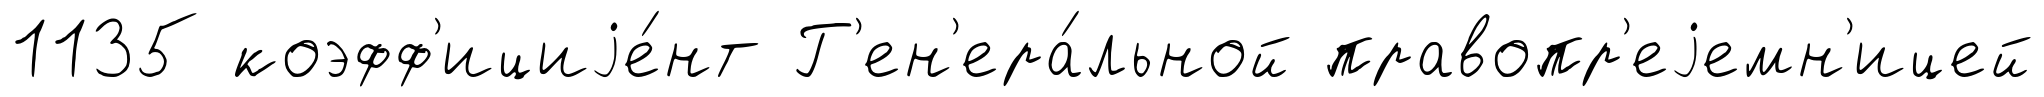
1135 коэфф'ициjе́нт Г'ен'ера́льной правопр'еjемн'ицей